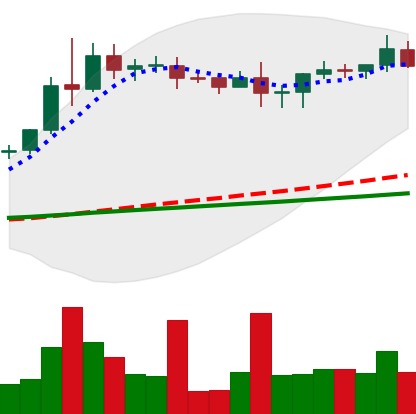
Ticker: XRP-USD
Chart end date: 2020-08-18
Forward return: -5.909%
Label: down_5_7